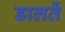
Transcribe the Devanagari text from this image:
डालतें